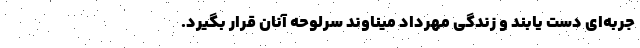
جربه‌اي دست يابند و زندگي مهرداد ميناوند سرلوحه آنان قرار بگيرد.